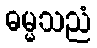
ဓမ္မသညံ